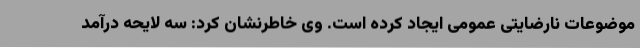
موضوعات نارضایتی عمومی ایجاد کرده است. وی خاطرنشان کرد: سه لایحه درآمد